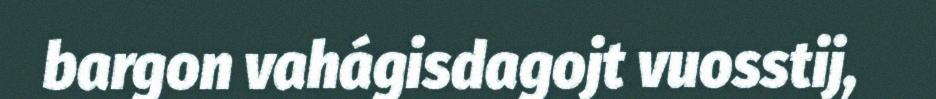
bargon vahágisdagojt vuosstij,